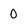
Character: 0